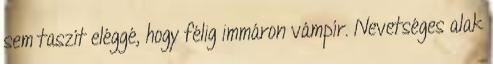
sem taszít eléggé, hogy félig immáron vámpír. Nevetséges alak